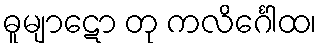
ဓူမျာဋော တု ကလိင်္ဂေါထ၊